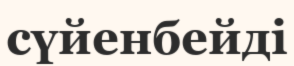
сүйенбейді